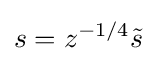
s=z^{-1/4}{\tilde {s}}